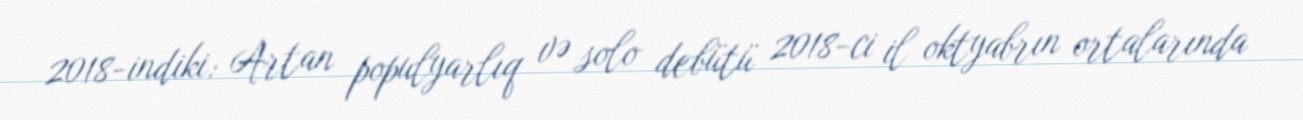
2018-indiki: Artan populyarlıq və solo debütü 2018-ci il oktyabrın ortalarında